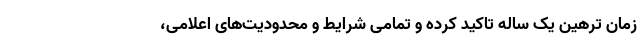
زمان ترهین یک ساله تاکید کرده و تمامی شرایط و محدودیت‌های اعلامی،